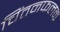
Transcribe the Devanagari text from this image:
चिंतनफलक